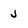
Character: J